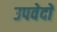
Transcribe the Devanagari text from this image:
उपवेदाें